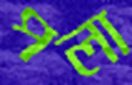
পলা